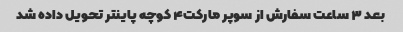
بعد ۳ ساعت سفارش از سوپر مارکت۴ کوچه پاینتر تحویل داده شد